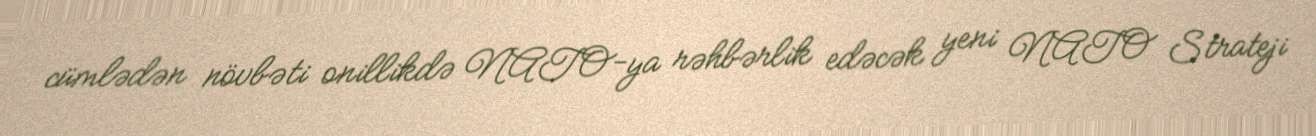
cümlədən növbəti onillikdə NATO-ya rəhbərlik edəcək yeni NATO Strateji